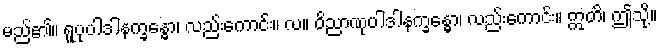
မည်၏။ ရူပုပါဒါနက္ခန္ဓော၊ လည်းကောင်း။ လ။ ဝိညာဏုပါဒါနက္ခန္ဓော၊ လည်းကောင်း။ ဣတိ၊ ဤသို့။